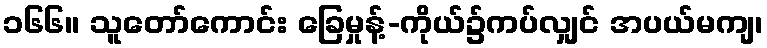
၁၆၆။ သူတော်ကောင်း ခြေမှုန့်-ကိုယ်၌ကပ်လျှင် အပယ်မကျ၊